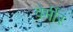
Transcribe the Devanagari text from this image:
वेर्मीर